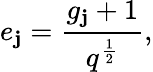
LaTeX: e_{\mathbf{j}}=\frac{{g_{\mathbf{j}}+1}}{{q^{\frac{{1}}{{2}}}}},